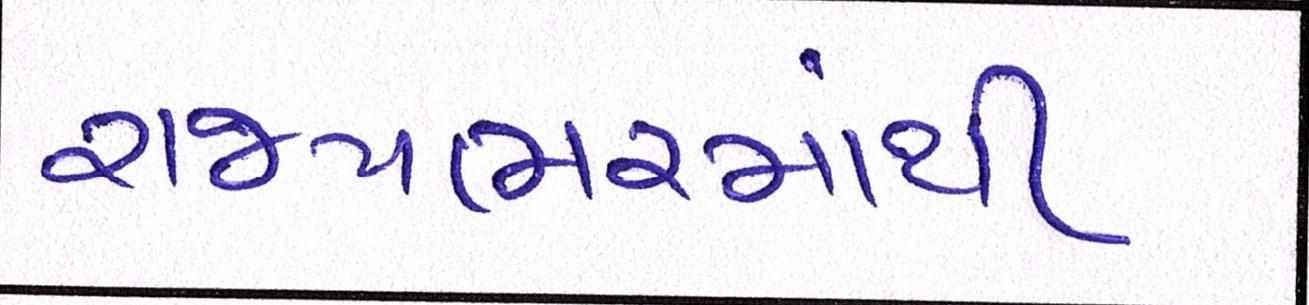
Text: રાજયભરમાંથી